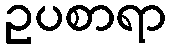
ဥပစာရာ